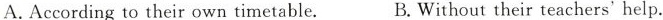
A.According to their own timetable. B.Without their teachers'help.